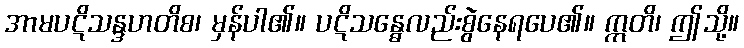
အာမပဋိသန္ဒဟတိစ၊ မှန်ပါ၏။ ပဋိသန္ဓေလည်းစွဲနေရပေ၏။ ဣတိ၊ ဤသို့။